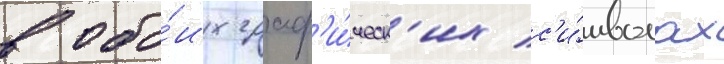
в обо́их граф'и́ческ'их с'и́мволах